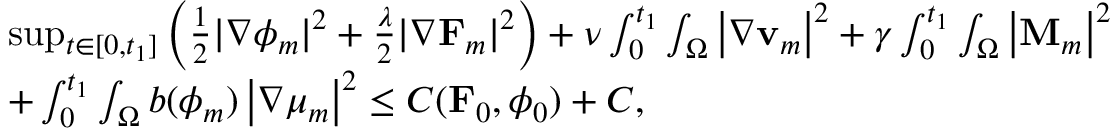
\begin{array} { r l } & { \operatorname* { s u p } _ { t \in [ 0 , t _ { 1 } ] } \left( \frac { 1 } { 2 } | \nabla \phi _ { m } | ^ { 2 } + \frac { \lambda } { 2 } | \nabla \mathbf { F } _ { m } | ^ { 2 } \right) + \nu \int _ { 0 } ^ { t _ { 1 } } \int _ { \Omega } \left| \nabla \mathbf { v } _ { m } \right| ^ { 2 } + \gamma \int _ { 0 } ^ { t _ { 1 } } \int _ { \Omega } \left| \mathbf { M } _ { m } \right| ^ { 2 } } \\ & { + \int _ { 0 } ^ { t _ { 1 } } \int _ { \Omega } b ( \phi _ { m } ) \left| \nabla \mu _ { m } \right| ^ { 2 } \leq C ( \mathbf { F } _ { 0 } , \phi _ { 0 } ) + C , } \end{array}